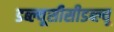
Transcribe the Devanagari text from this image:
डब्ल्यूसीसीडब्ल्यू